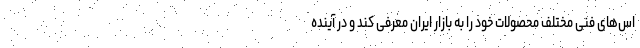
اس‌های فنی مختلف محصولات خود را به بازار ایران معرفی کند و در آینده